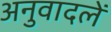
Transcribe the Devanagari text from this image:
अनुवादलें